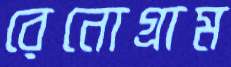
রেনোগ্রাম